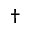
\dagger